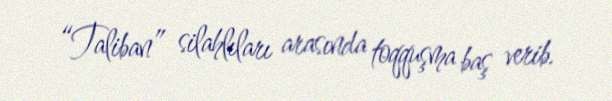
“Taliban” silahlıları arasında toqquşma baş verib.